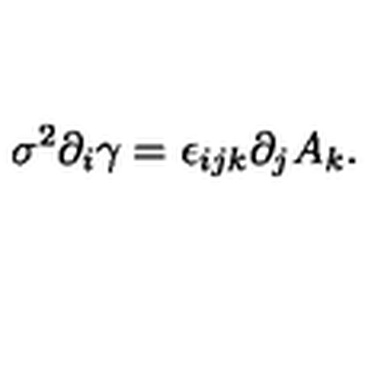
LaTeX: \sigma ^ { 2 } \partial _ { i } \gamma = \epsilon _ { i j k } \partial _ { j } A _ { k } .